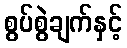
စွပ်စွဲချက်နှင့်